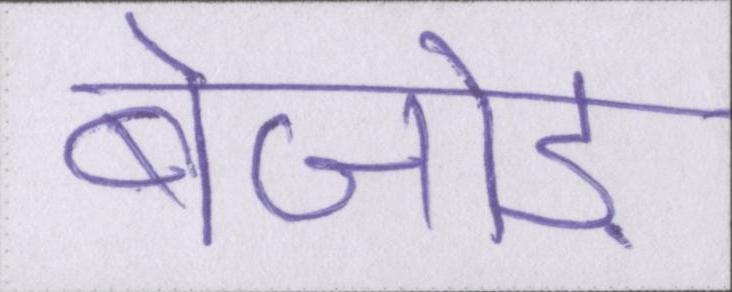
बेजोड़